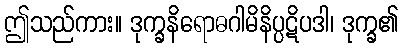
ဤသည်ကား။ ဒုက္ခနိရောဓဂါမိနိပ္ပဋိပဒါ၊ ဒုက္ခ၏